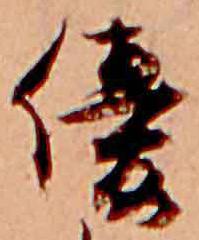
優